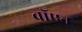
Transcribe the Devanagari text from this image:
वॉएन